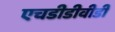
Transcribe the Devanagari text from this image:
एचडीडीवीडी